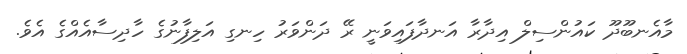
މާއެނބޫދޫ ކައުންސިލް އިދާރާ އަނދާފައިވަނީ ރޭ ދަންވަރު ހިނގި އަލިފާނުގެ ހާދިސާއެއްގެ އެވެ.